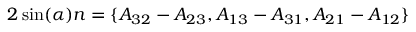
2 \sin ( \alpha ) n = \{ A _ { 3 2 } - A _ { 2 3 } , A _ { 1 3 } - A _ { 3 1 } , A _ { 2 1 } - A _ { 1 2 } \}